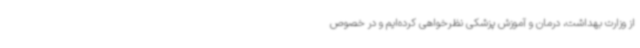
از وزارت بهداشت، درمان و آموزش پزشکی نظرخواهی کرده‌ایم و در خصوص